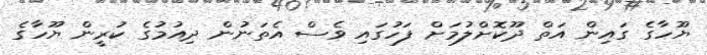
ޔޫހާގެ ގައިން އަތް ދޫކޮށްލުމަށް ފަހުގައި ވެސް އެތަނުން ދިއުމުގެ ކުރީން ޔޫހާގެ